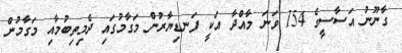
ގާނޫނު އަސާސީގެ 154 ވަނަ މާއްދާ އަކީ ފަނޑިޔާރުން މަގާމުގައި ދެމިތިބުމާއި މަގާމުން